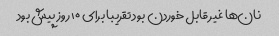
نان‌ها غیر قابل خوردن بود تقریبا برای ۱۰ روز پیش بود